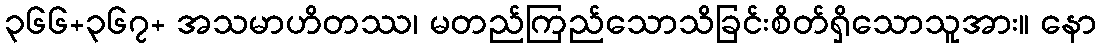
၃၆၆+၃၆၇+ အသမာဟိတဿ၊ မတည်ကြည်သောသိခြင်းစိတ်ရှိသောသူအား။ နော